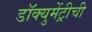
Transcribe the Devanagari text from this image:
डॉक्युमेंट्रीची